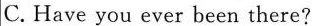
C. Have you ever been there?